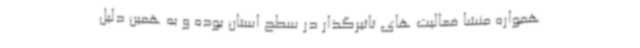
همواره منشا فعالیت های تاثیرگذار در سطح استان بوده و به همین دلیل